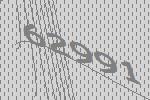
62991